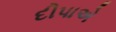
દીપાએ